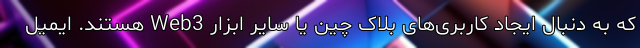
که به دنبال ایجاد کاربری‌های بلاک چین یا سایر ابزار Web3 هستند. ایمیل